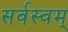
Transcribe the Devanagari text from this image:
सर्वस्वम्